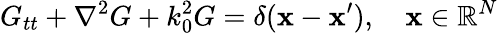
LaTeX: G_{tt}+\nabla^{2}G+k_{0}^{2}G=\delta(\mathbf{x}-\mathbf{x}^{\prime}),\quad\mathbf{x}\in\mathbb{R}^{N}